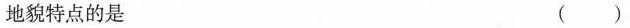
地貌特点的是 ( )